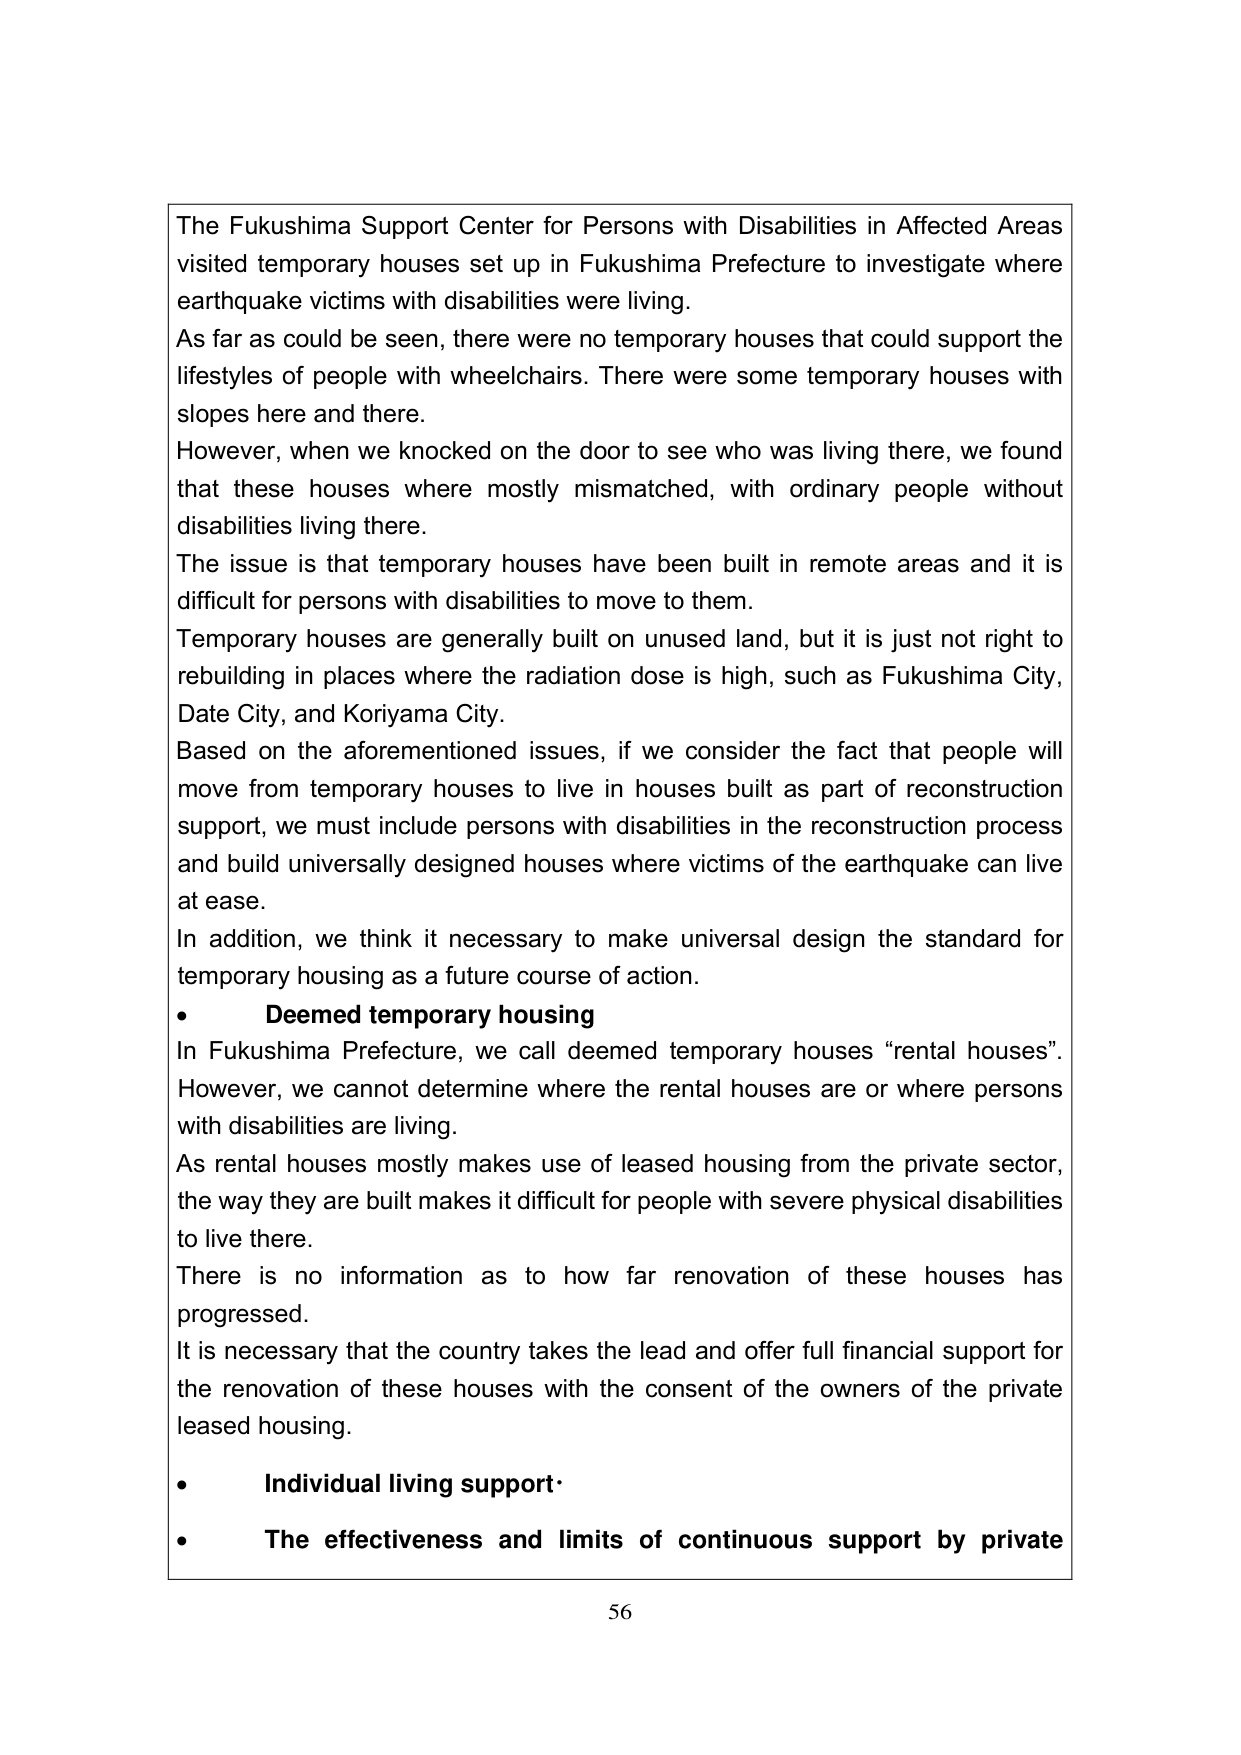
The Fukushima Support Center for Persons with Disabilities in Affected Areas visited temporary houses set up in Fukushima Prefecture to investigate where earthquake victims with disabilities were living. As far as could be seen, there were no temporary houses that could support the lifestyles of people with wheelchairs. There were some temporary houses with slopes here and there. However, when we knocked on the door to see who was living there, we found that these houses where mostly mismatched, with ordinary people without disabilities living there. The issue is that temporary houses have been built in remote areas and it is difficult for persons with disabilities to move to them. Temporary houses are generally built on unused land, but it is just not right to rebuilding in places where the radiation dose is high, such as Fukushima City, Date City, and Koriyama City. Based on the aforementioned issues, if we consider the fact that people will move from temporary houses to live in houses built as part of reconstruction support, we must include persons with disabilities in the reconstruction process and build universally designed houses where victims of the earthquake can live at ease. In addition, we think it necessary to make universal design the standard for temporary housing as a future course of action. • Deemed temporary housing In Fukushima Prefecture, we call deemed temporary houses “rental houses”. However, we cannot determine where the rental houses are or where persons with disabilities are living. As rental houses mostly makes use of leased housing from the private sector, the way they are built makes it difficult for people with severe physical disabilities to live there. There is no information as to how far renovation of these houses has progressed. It is necessary that the country takes the lead and offer full financial support for the renovation of these houses with the consent of the owners of the private leased housing. • Individual living support• • The effectiveness and limits of continuous support by private 56